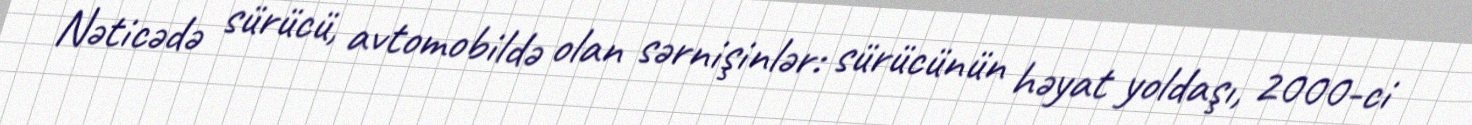
Nəticədə sürücü, avtomobildə olan sərnişinlər: sürücünün həyat yoldaşı, 2000-ci